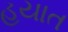
હયાત